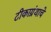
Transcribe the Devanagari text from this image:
टीकाग्रंथाचे